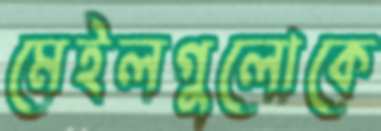
মেইলগুলোকে